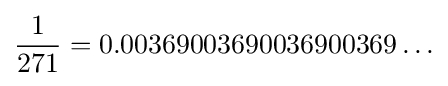
{\frac {1}{271}}=0.00369003690036900369\ldots